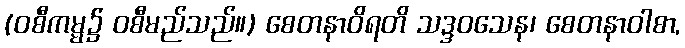
(ဝစီကမ္မ၌ ဝစီမည်သည်။) စေတနာဝိရတိ သဒ္ဒဝသေန၊ စေတနာဝါစာ,